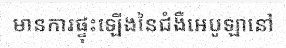
មានការផ្ទុះឡើងនៃជំងឺអេបូឡានៅ